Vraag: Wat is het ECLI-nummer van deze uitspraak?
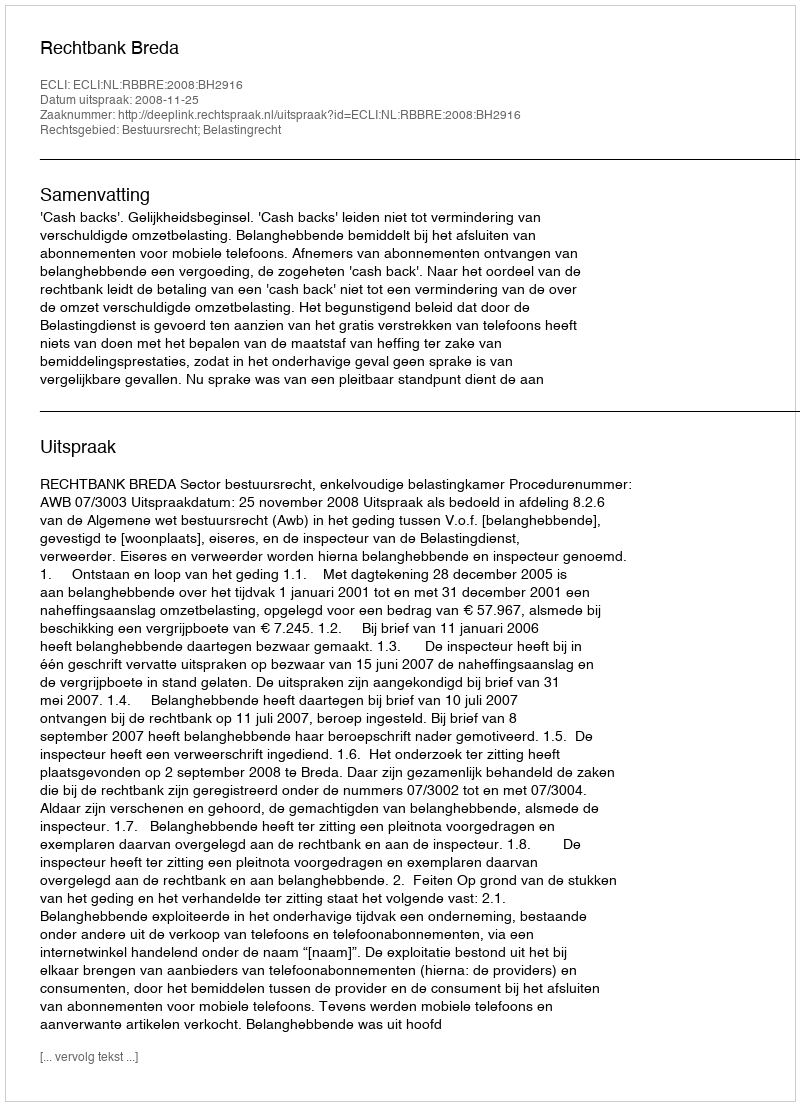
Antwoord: ECLI:NL:RBBRE:2008:BH2916